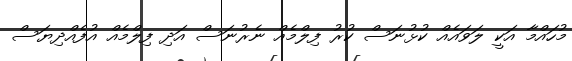
މުހައްމާ އަކީ ލަވައެއް ކުޅުނަސް ކުރު ފިލްމެއް ނެރުނަސް އަދި ފިލްމެއް އުފެއްދިޔަސް